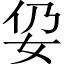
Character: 𱙉